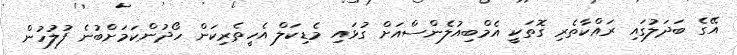
އޭގެ ބަދަލުގައި ރައްކާތެރި ގޮތަކީ އެމްބިއުލެންސްއަށް ގުޅައި މެޑިކަލް އެހީތެރިކަން ހޯދުންކަމަށްބުނެ ފުލުހުން